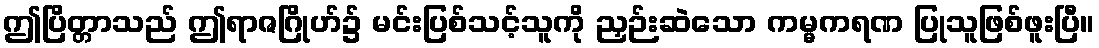
ဤပြိတ္တာသည် ဤရာဇဂြိုဟ်၌ မင်းပြစ်သင့်သူကို ညှဉ်းဆဲသော ကမ္မကရဏ ပြုသူဖြစ်ဖူးပြီ။